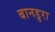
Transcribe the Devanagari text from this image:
बानडुरा